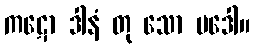
ကဋော ဒါနံ တု သော မဒေါ။